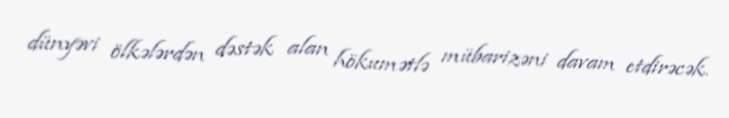
dünyəvi ölkələrdən dəstək alan hökumətlə mübarizəni davam etdirəcək.